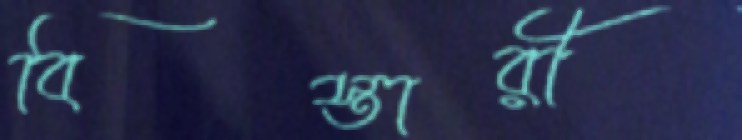
বিস্তারী